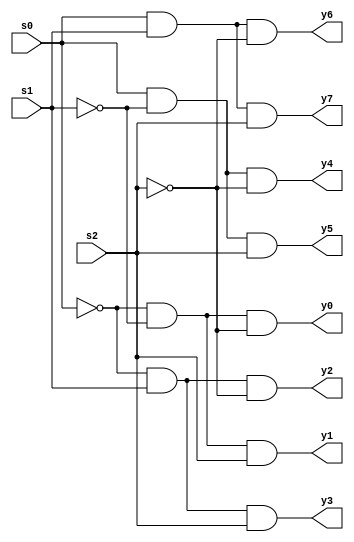
module dec3to8o (s0,s1,s2,y0,y1,y2,y3,y4,y5,y6,y7);
input s0,s1,s2;
output y0,y1,y2,y3,y4,y5,y6,y7;
wire s0b,s1b,s2b;
assign s0b = ~s0;
assign s1b = ~s1;
assign s2b = ~s2;
assign y0 = s0b & s1b & s2b ;
assign y1 = s0b & s1b & s2 ;
assign y2 = s0b & s1 & s2b ;
assign y3 = s0b & s1 & s2 ;
assign y4 = s0 & s1b & s2b ;
assign y5 = s0 & s1b & s2 ;
assign y6 = s0 & s1 & s2b ;
assign y7 = s0 & s1 & s2 ;
endmodule